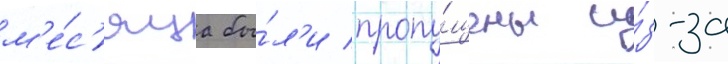
м'е́с'яца бы́л'и пропу́щены и́з-за